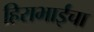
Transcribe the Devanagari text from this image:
हिराभाईंचा